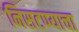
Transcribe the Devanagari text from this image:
निसटण्याचा